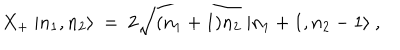
X _ { + } \ | n _ { 1 } , n _ { 2 } \rangle \ = \ 2 \sqrt { ( n _ { 1 } + 1 ) n _ { 2 } } \ | n _ { 1 } + 1 , n _ { 2 } - 1 \rangle \ ,